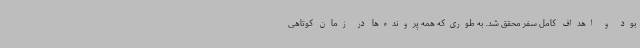
بود و اهداف کامل سفر محقق شد. به طوری‌که همه پرونده‌ها در زمان کوتاهی